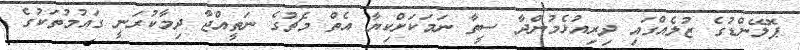
ޕޮލޭންޑުގެ ޒުލެއްގައި ދިރިއުޅެމުންދާ ސީތާ ނަމަކަށްކިޔާ އެތް މެޗުގެ ނަތީއްޖާ ދިމާކުރަނީ ގައުމުތަކުގެ